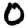
Digit: 0